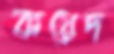
কয়েদ